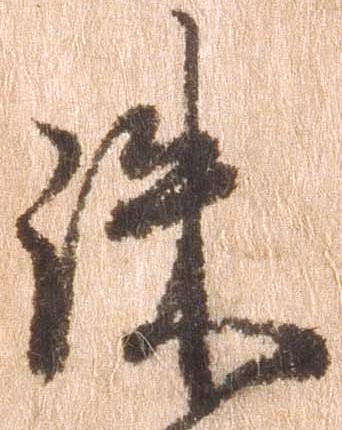
誅